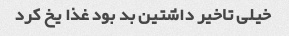
خیلی تاخیر داشتین بد بود غذا یخ کرد